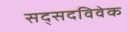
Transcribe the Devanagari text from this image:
सद्सदविवेक